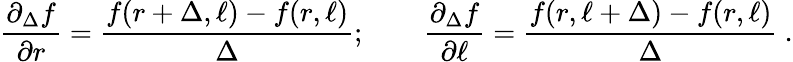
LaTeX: \frac{\partial_{\Delta}f}{\partial r}=\frac{f(r+\Delta,\ell)-f(r,\ell)}{\Delta};\qquad\frac{\partial_{\Delta}f}{\partial\ell}=\frac{f(r,\ell+\Delta)-f(r,\ell)}{\Delta}\ .